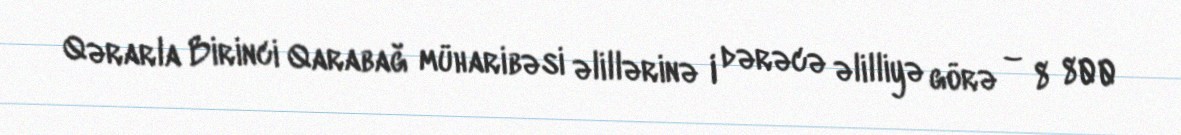
Qərarla Birinci Qarabağ müharibəsi əlillərinə I dərəcə əlilliyə görə – 8 800